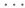
...